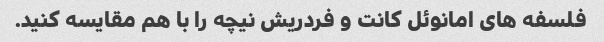
فلسفه های امانوئل کانت و فردریش نیچه را با هم مقایسه کنید.